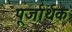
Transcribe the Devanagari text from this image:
पूर्जार्थक